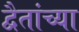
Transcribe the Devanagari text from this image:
द्वैतांच्या